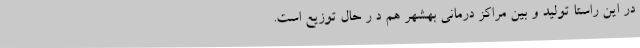
در این راستا تولید و بین مراکز درمانی بهشهر هم د ر حال توزیع است.